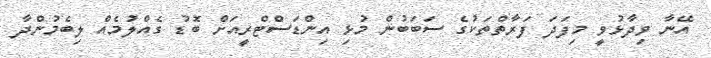
އޭނާ ވިދާޅުވީ މިފަދަ ފަރާތްތަކުގެ ސަބަބުން މުޅި އިންޑަސްޓްރީއަށް ބޮޑު ގެއްލުމެއް ލިބެމުންދާ